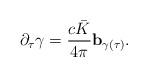
LaTeX: \begin{align*}\partial_\tau \gamma=\frac{c\bar{K}}{4\pi}\mathbf{b}_{\gamma(\tau)}.\end{align*}